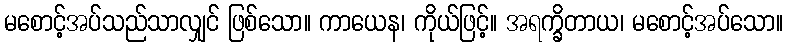
မစောင့်အပ်သည်သာလျှင် ဖြစ်သော။ ကာယေန၊ ကိုယ်ဖြင့်။ အရက္ခိတာယ၊ မစောင့်အပ်သော။